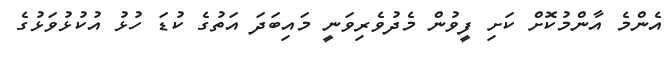
އެންމެ އާންމުކޮށް ކަށި ފީވުން މެދުވެރިވަނީ މައިބަދަ އަތުގެ ކުޑަ ހުޅު އުކުޅުވަޅުގެ